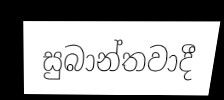
සුබාන්තවාදී